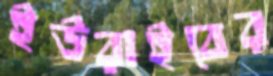
ইউরাইবের